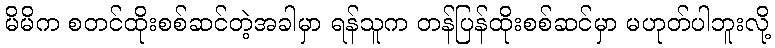
မိမိက စတင်ထိုးစစ်ဆင်တဲ့အခါမှာ ရန်သူက တန်ပြန်ထိုးစစ်ဆင်မှာ မဟုတ်ပါဘူးလို့